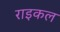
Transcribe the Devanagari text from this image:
राइकल